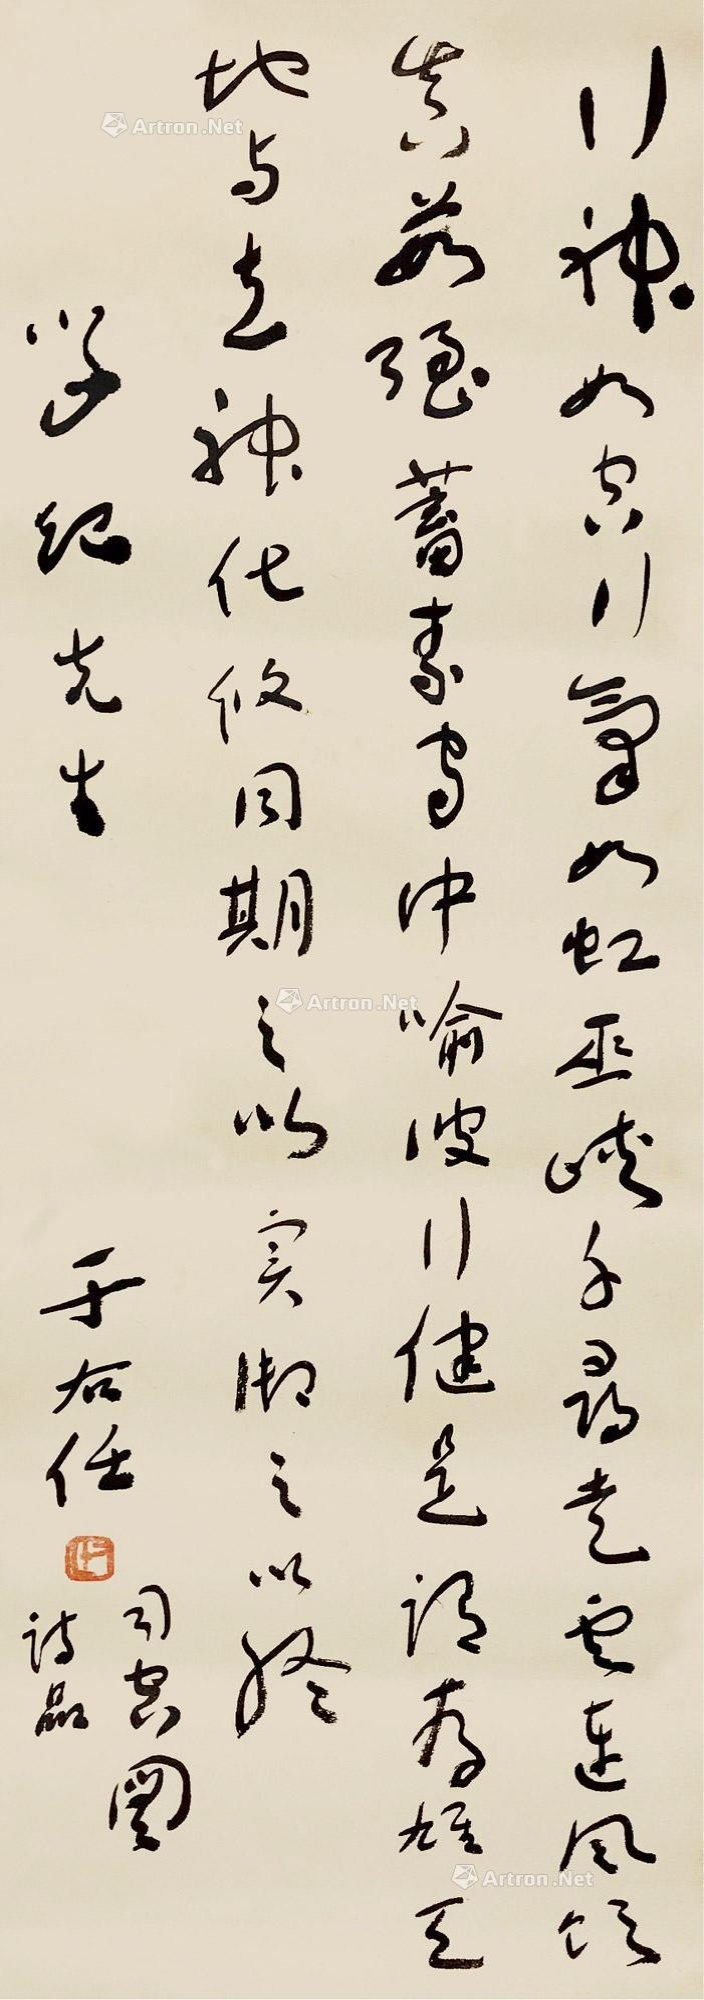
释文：行神如空，行气如虹。巫峡千寻，走云连风。饮真茹强，蓄素守中。喻彼行健，是谓存雄。天地与立，神化攸同。期之以实，御之以终。诗品司空图。学起先生，于右任。